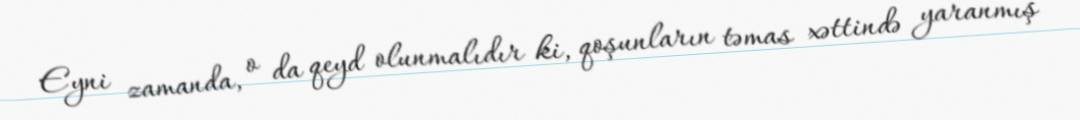
Eyni zamanda, o da qeyd olunmalıdır ki, qoşunların təmas xəttində yaranmış